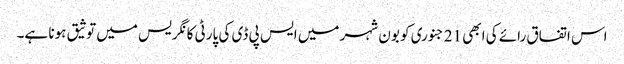
اس اتفاق رائے کی ابھی 21 جنوری کو بون شہر میں ایس پی ڈی کی پارٹی کانگریس میں توثیق ہونا ہے۔